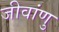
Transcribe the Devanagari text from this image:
जीवांणु